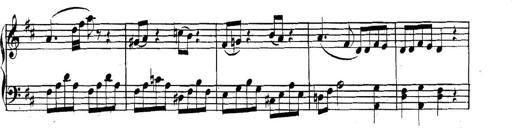
Title: Collected Piano Sonatas
Composer: Muzio Clementi